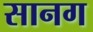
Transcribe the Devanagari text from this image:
सानग